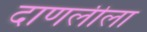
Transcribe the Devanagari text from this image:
दाणलीला